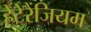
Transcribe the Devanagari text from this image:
हेटेरैंजियम